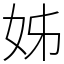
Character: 姊